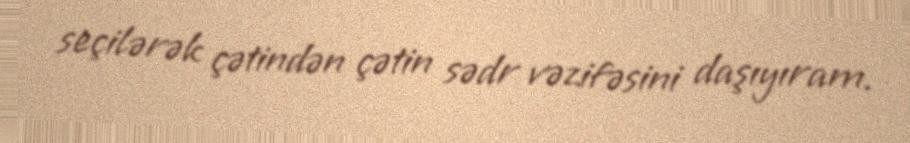
seçilərək çətindən çətin sədr vəzifəsini daşıyıram.